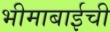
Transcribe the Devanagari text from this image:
भीमाबाईची